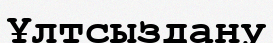
Ұлтсыздану